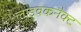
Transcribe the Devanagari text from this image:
लाइवकनैक्ट